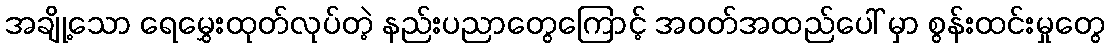
အချို့သော ရေမွှေးထုတ်လုပ်တဲ့ နည်းပညာတွေကြောင့် အဝတ်အထည်ပေါ် မှာ စွန်းထင်းမှုတွေ